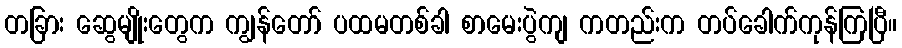
တခြား ဆွေမျိုးတွေက ကျွန်တော် ပထမတစ်ခါ စာမေးပွဲကျ ကတည်းက တပ်ခေါက်ကုန်ကြပြီ။